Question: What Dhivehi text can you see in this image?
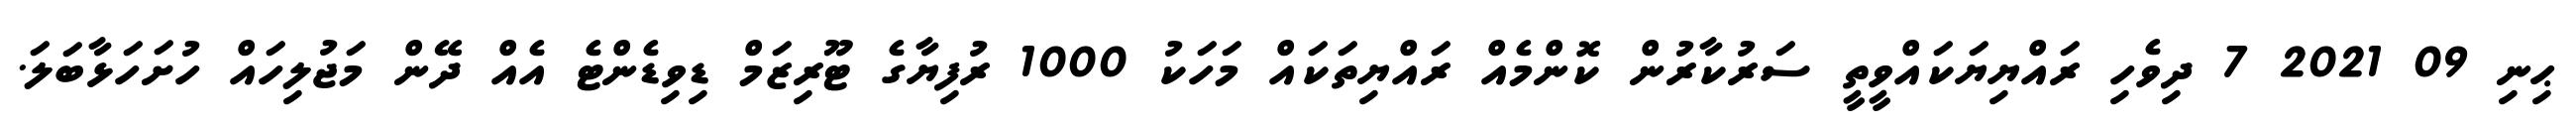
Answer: ޙިނި 09 2021 7 ދިވެހި ރައްޔިޔަކައްވީތީ ސަރުކާރުން ކޮންމެއް ރައްޔިތަކައް މަހަކު 1000 ރުފިޔާގެ ޓޫރިޒަމް ޑިވިޑެންޓެ އެއް ދޭން މަޖުލިހައް ހުށަހަޅާބަލަ.